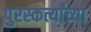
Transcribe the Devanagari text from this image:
पुरस्कर्त्यांच्या